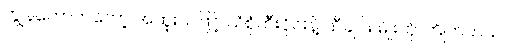
ကျွန်တော်ကတော့ အထူးသဖြင့် သံစုံတီးဝိုင်းနဲ့ သီချင်း မျိုးကို ကြိုက်တယ်။